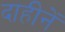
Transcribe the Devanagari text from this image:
दाहीनें